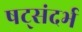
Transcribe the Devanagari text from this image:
षट्संदर्भ